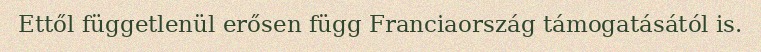
Ettől függetlenül erősen függ Franciaország támogatásától is.